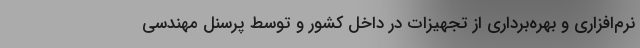
نرم‌افزاری و بهره‌برداری از تجهیزات در داخل کشور و توسط پرسنل مهندسی